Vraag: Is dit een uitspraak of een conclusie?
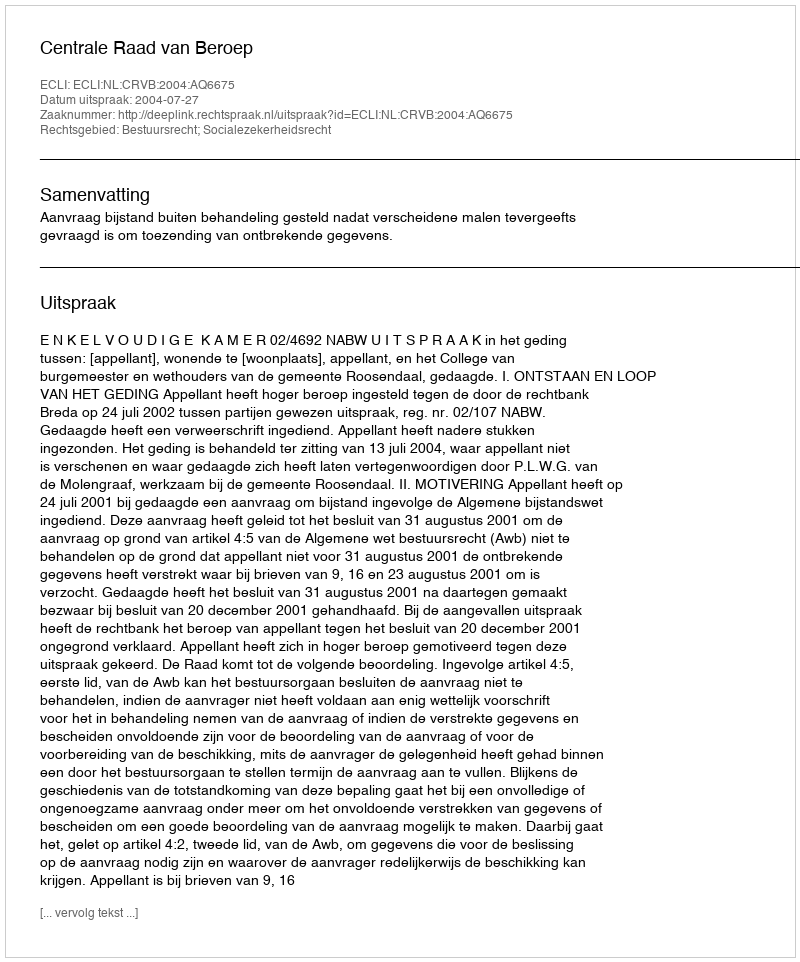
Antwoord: Uitspraak